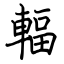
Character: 輻